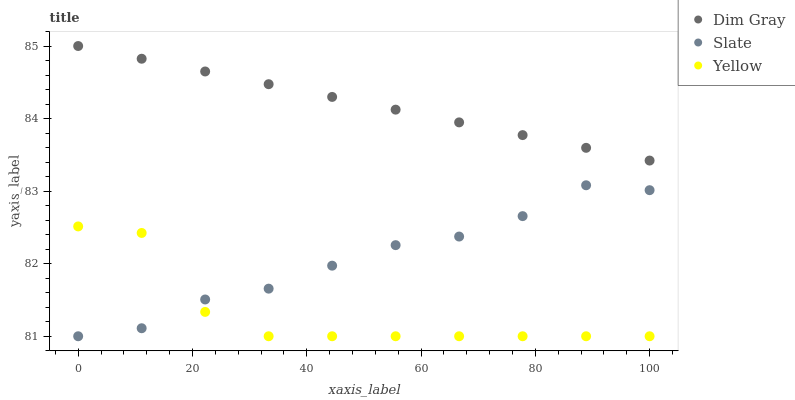
| xaxis_label | Dim Gray | Slate | Yellow |
 | --- | --- | --- | --- |
 | 0 | 85 | 81 | 82.5 |
 | 11.1 | 84.8 | 81.1 | 82.4 |
 | 22.2 | 84.6 | 81.5 | 81.3 |
 | 33.3 | 84.5 | 81.7 | 81 |
 | 44.4 | 84.3 | 82 | 81 |
 | 55.6 | 84.1 | 82.3 | 81 |
 | 66.7 | 83.9 | 82.4 | 81 |
 | 77.8 | 83.8 | 82.7 | 81 |
 | 88.9 | 83.6 | 83.1 | 81 |
 | 100 | 83.4 | 83 | 81 |